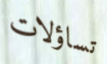
تساؤلات